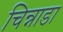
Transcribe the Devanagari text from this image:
चिन्नाडा